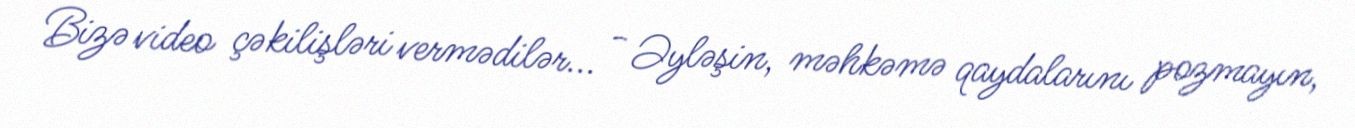
Bizə video çəkilişləri vermədilər... - Əyləşin, məhkəmə qaydalarını pozmayın,